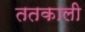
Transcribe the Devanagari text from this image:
ततकाली